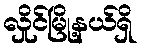
လှိုင်မြို့နယ်ရှိ